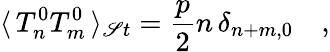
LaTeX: \langle\, T_{n}^{0}T_{m}^{0}\, \rangle_{\mathscr{S}t}=\frac{{p}}{{2}}n\, \delta_{n+m,0}\quad,